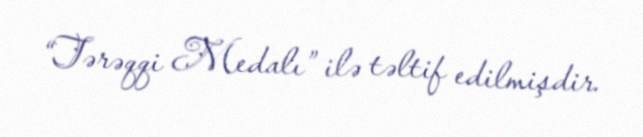
“Tərəqqi Medalı” ilə təltif edilmişdir.